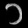
Digit: ၁